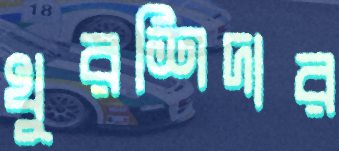
খুরশিদার